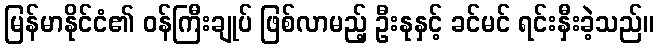
မြန်မာနိုင်ငံ၏ ဝန်ကြီးချုပ် ဖြစ်လာမည့် ဦးနုနှင့် ခင်မင် ရင်းနှီးခဲ့သည်။